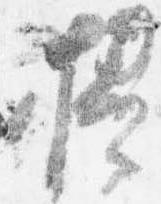
掃